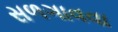
સળગાવવા